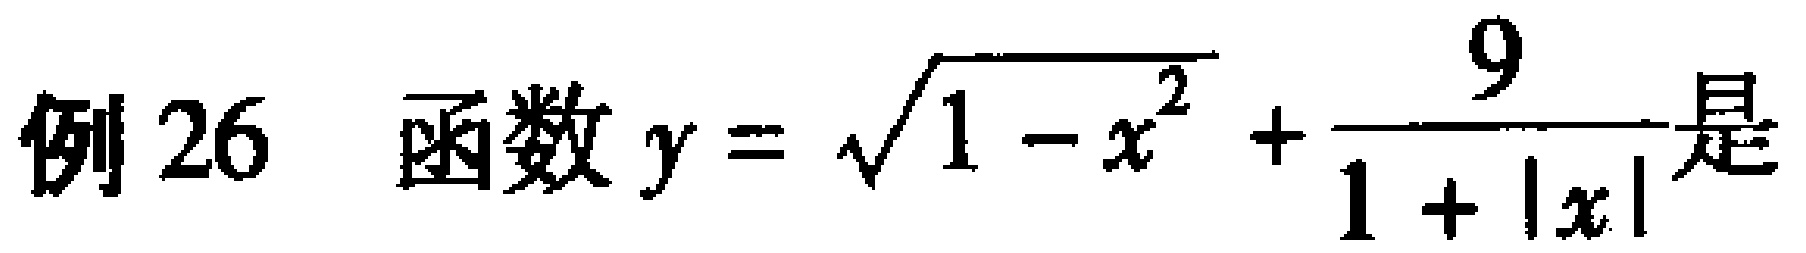
例 26 函数 \(y = \sqrt{1 - x^{2}}+\frac{9}{1 + |x|}\) 是